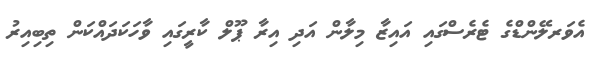
އެވަރލޭންޑްގެ ޓެރެސްގައި އައިޒާ މިލާން އަދި އިރާ ޕޫލް ކާރީގައި ވާހަކަދައްކަން ތިބިއިރު